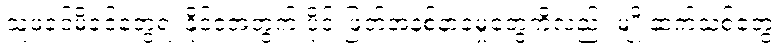
သူ့ဖခင်မိခင်တွေရဲ့ နိုင်ငံအတွက် ပိုင်းဖြတ်အနစ်နာခံမှုတွေကိုလည်း မျိုးဆက်သစ်တွေ